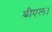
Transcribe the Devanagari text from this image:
बीएल।